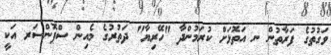
ވަގުތުގެ ފަރާތުން ނ އަތޮޅަށް ކުރަމުންދާ "ހޭރިޔާ" ދަތުރުގެ މެއިން ސްޕޮންސަރ އަކީ